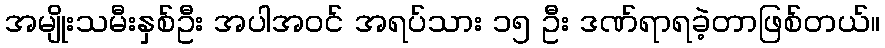
အမျိုးသမီးနှစ်ဦး အပါအဝင် အရပ်သား ၁၅ ဦး ဒဏ်ရာရခဲ့တာဖြစ်တယ်။